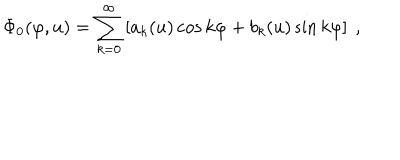
\Phi _ { 0 } ( \varphi , u ) = \sum _ { k = 0 } ^ { \infty } \left[ a _ { k } ( u ) \cos k \varphi + b _ { k } ( u ) \sin k \varphi \right] ~ ,